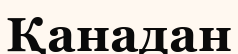
Қанадан